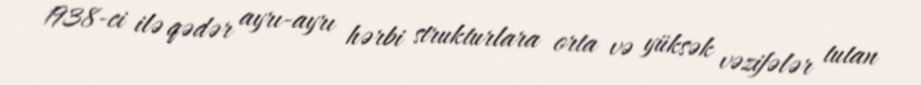
1938-ci ilə qədər ayrı-ayrı hərbi strukturlara orta və yüksək vəzifələr tutan